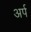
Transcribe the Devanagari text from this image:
अर्प